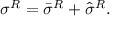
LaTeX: \sigma ^ { R } = \bar { \sigma } ^ { R } + \hat { \sigma } ^ { R } .